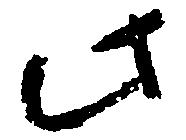
此